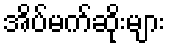
အိပ်မက်ဆိုးများ